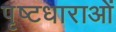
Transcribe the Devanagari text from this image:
पृष्टधाराओं